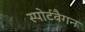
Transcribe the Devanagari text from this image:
स्पोर्टवैगन